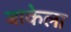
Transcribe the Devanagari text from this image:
बाकेला